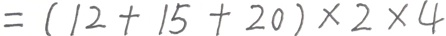
= ( 1 2 + 1 5 + 2 0 ) \times 2 \times 4